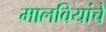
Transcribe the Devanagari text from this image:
मालवियांचे